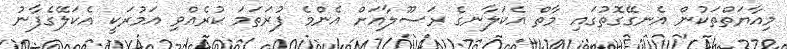
މިއާޔަތްތަކުން އެނގޭގޮތުގައި މާތް އެކަލާނގެ ރަސޫލާއަށް އެންމެ ފުރަތަމަ ކުރެއްވި އަމުރަކީ އެކަލޭގެފާނު